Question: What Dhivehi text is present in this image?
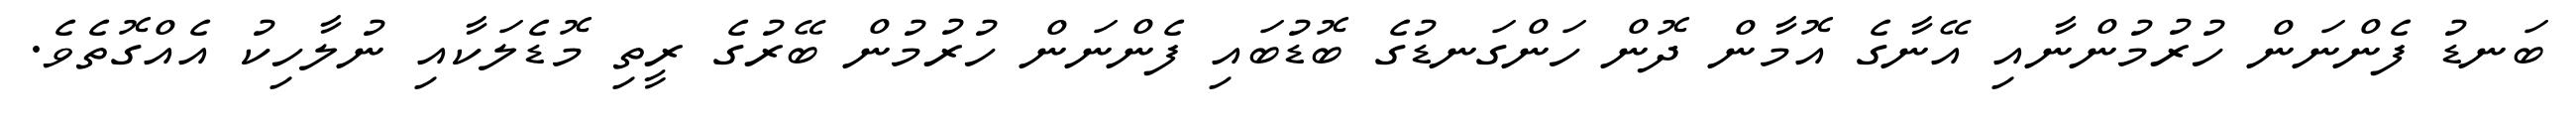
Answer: ބަނޑު ފެންނަން ހުރުމުންނާއި އޭނާގެ އޮމާން ދޮން ހަންގަނޑުގެ ބޮޑުބައި ފެންނަން ހުރުމުން ބޭރުގެ ރީތި މޮޑެލަކާއި ނުލާހިކު އެއްގޮތެވެ.